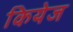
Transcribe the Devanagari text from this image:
कियेज